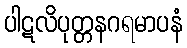
ပါဋလိပုတ္တနဂရမာပနံ